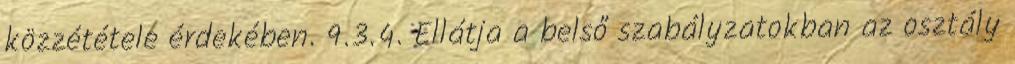
közzététele érdekében. 9.3.4. Ellátja a belső szabályzatokban az osztály